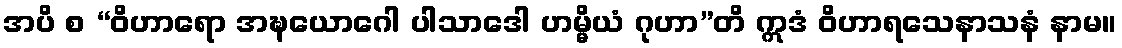
အပိ စ “ဝိဟာရော အဍ္ဎယောဂေါ ပါသာဒေါ ဟမ္မိယံ ဂုဟာ”တိ ဣဒံ ဝိဟာရသေနာသနံ နာမ။